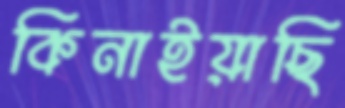
কিনাইয়াছি